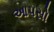
આપસો